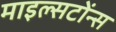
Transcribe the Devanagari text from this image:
माइल्सटोंन्स